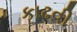
કાઢવી